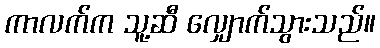
ကာလက်က သူ့ဆီ လျှောက်သွားသည်။